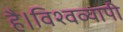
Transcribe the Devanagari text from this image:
है।विश्वव्यापी